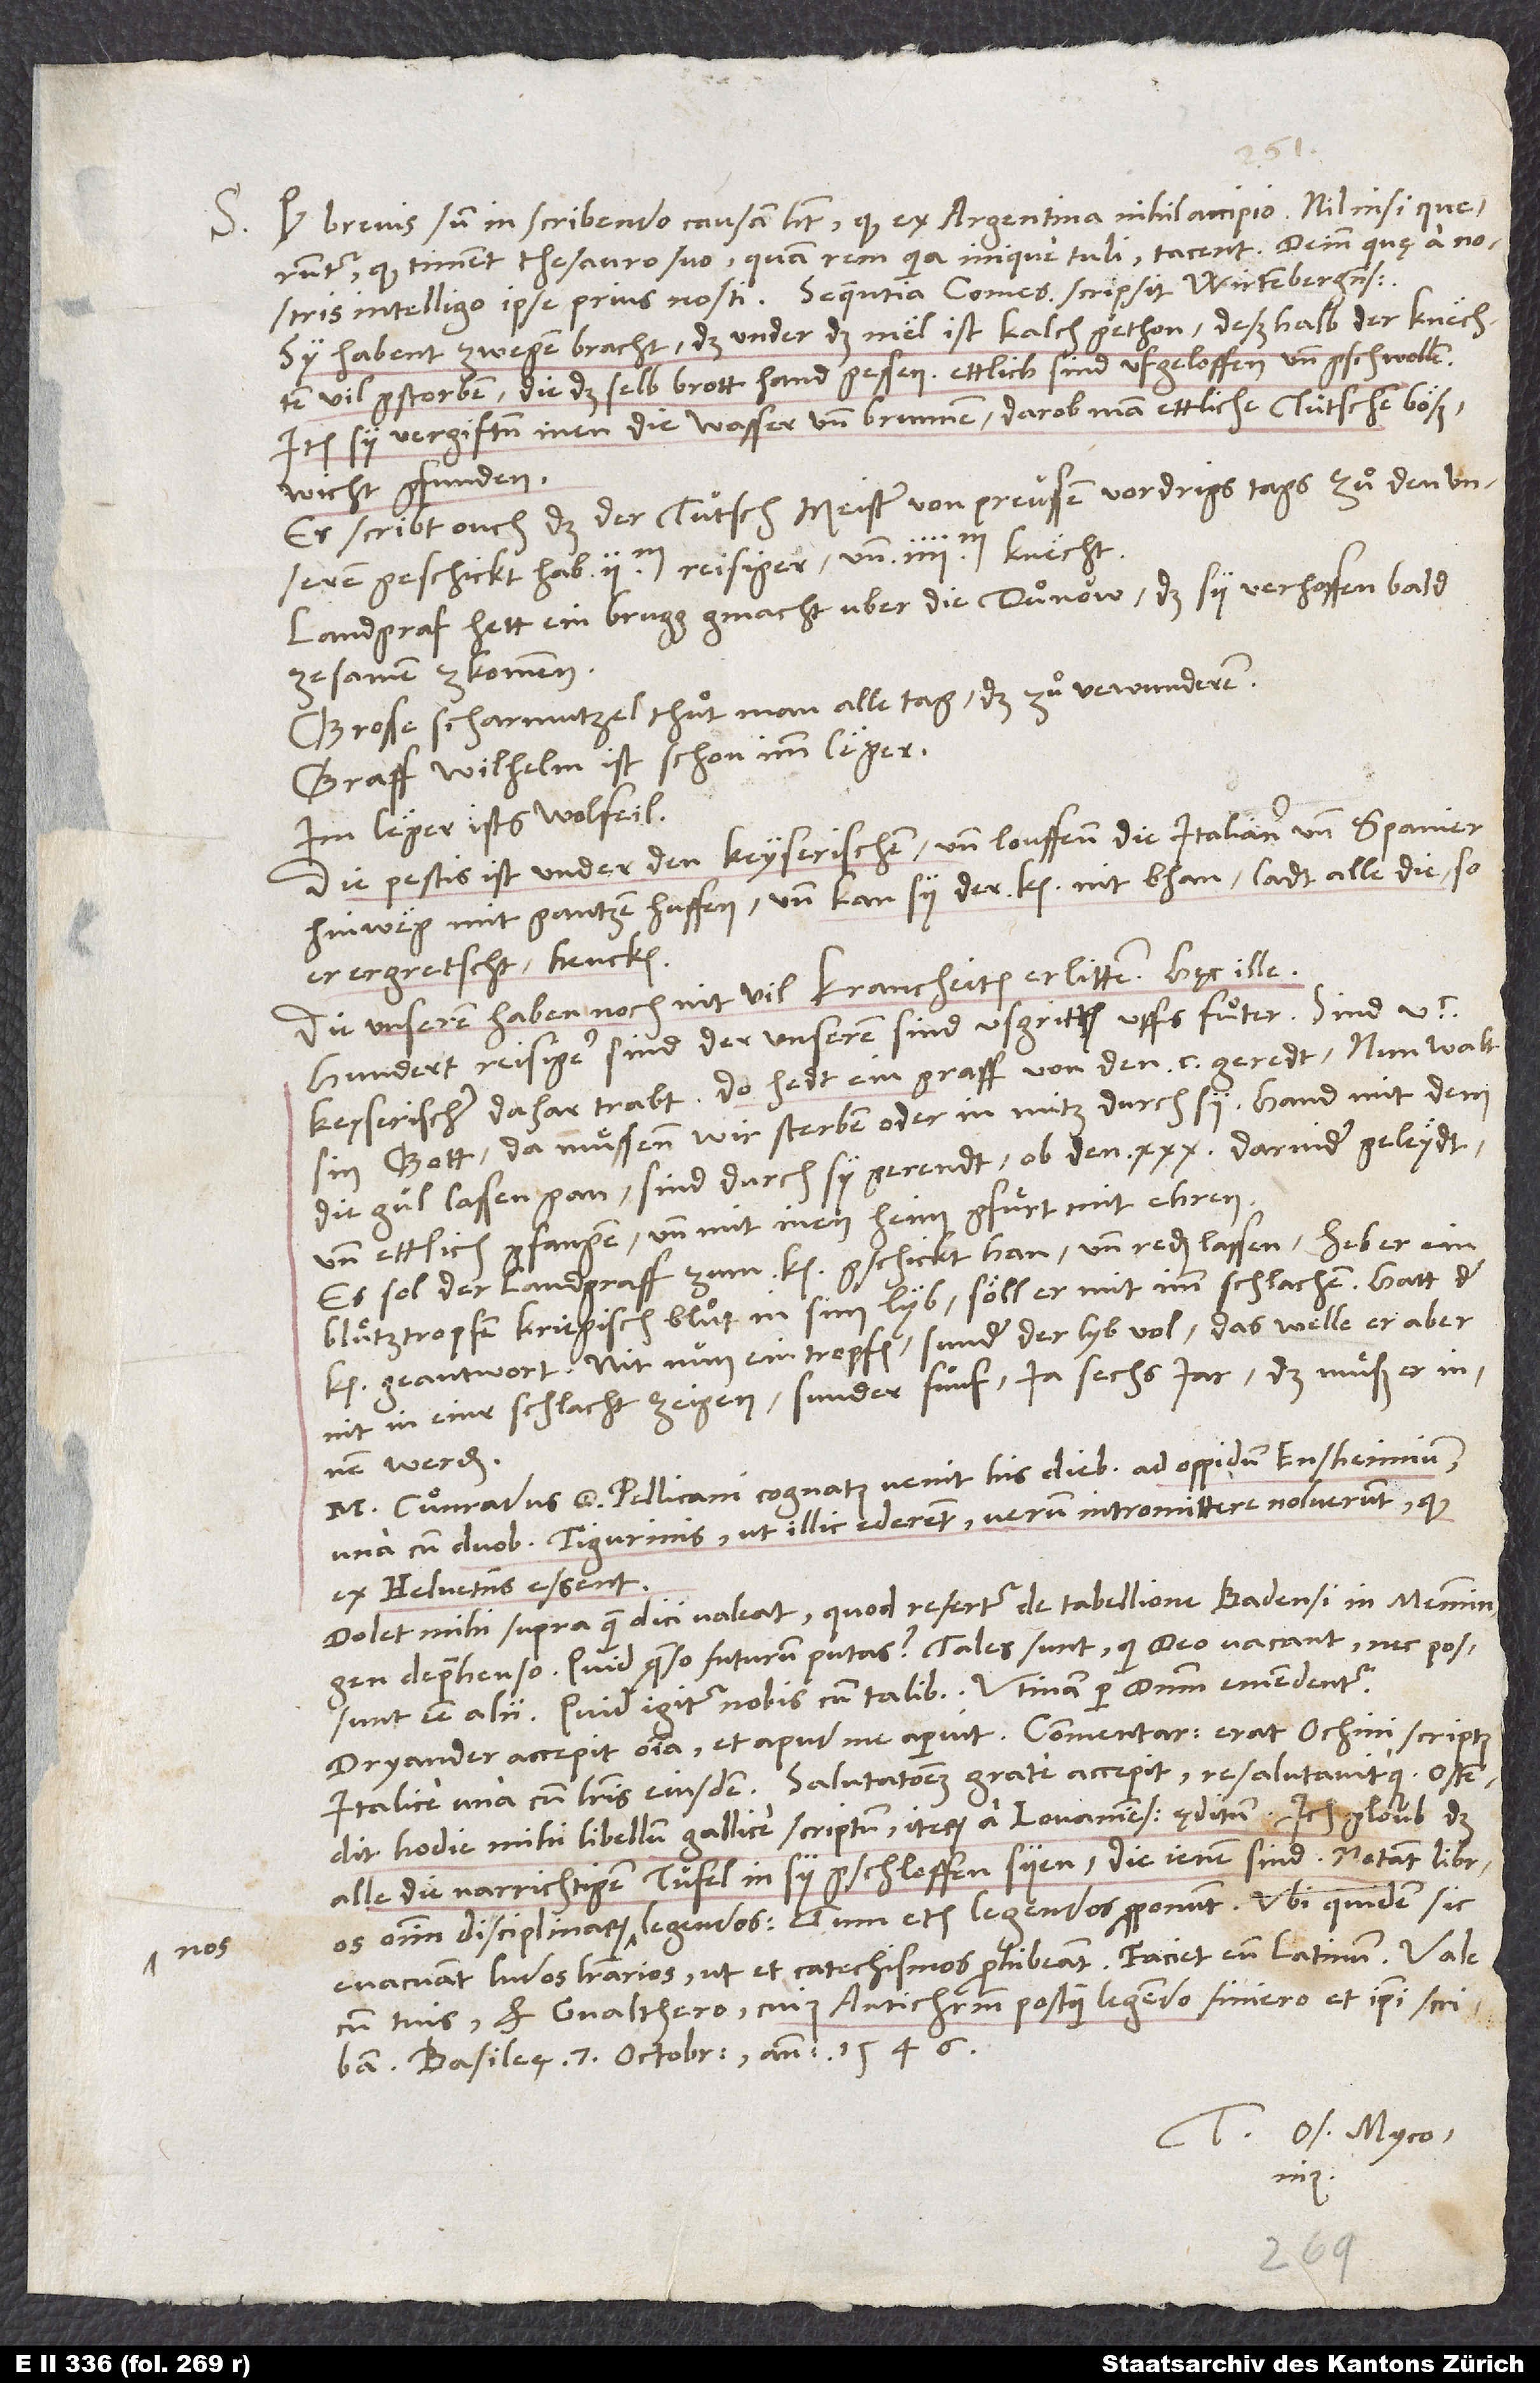
S. Quod brevis sum in scribendo, causam habet, quod ex Argentina nihil accipio. Nil nisi queruntur,
quod timent thesauro suo. Quam rem quia inique tuli, tacent. Deinde quę a nostris
„Sy habent zwegen bracht, das under das mel ist kalch gethon. Deßhalb der knechten
vil gstorben, die dasselb brott hand gessen. Ettlich sind ufgeloffen und gschwollen.
Item sy vergiften inen die wasser und brunnen, darob man ettliche tütsche bößwicht
Er schribt ouch, „das der tütsch meister von Preussen vordrigs tags zuͦ den unseren
geschickt hab 2’000 reisiger und 4’000 knecht.
Landgraf hett ein brugg gmacht über die Duͦnow, das sy verhoffen, bald
zesamen zkomen.
Grosse scharmutzel thuͦt man alle tag, das zuͦ verwundern.
Graff Wilhelm ist schon imm leger.
Im leger ists wolfeil.
Die pestis ist under den keyserischen. Und louffen die Italianer und Spanier
hinweg mit gantzen huffen, und kan sy der keyser nit bhan. Ladt alle die, so
er ergretscht, hencken.
Die unseren haben noch nit vil krancheiten erlitten.“ Hęc ille.
Hundert reisiger der unseren sind usgritten uffs fuͦter. Sind
keyserischer dahar trabt. Do hedt ein graff von den 100 geredt: „Nun walte
sin gott! Da muͤssen wir sterben oder in mitz durch sy.“ Hand mit dem
die gül lassen gan. Sind durch sy gerendt, ob den 30 darnider geleydt
und ettlich gfangen und mit inen heimgfuͤrt mit ehren.
Es sol der landgraff zum keyser gschickt han und reden lassen: Heb er ein
bluͦtztropfen kriegisch bluͦt in sim lyb, soͤll er mit imm schlachen. Hatt der
keyser geantwort: Nit nun ein tropfen, sunder der lyb vol; das welle er aber
nit in einer schlacht zeigen, sunder fünf, ja sechs jar. Das muͤß er innen
werden.
M. Cuͦnradus, d. Pellicani cognatus, venit his diebus ad oppidum Ensheimium
una cum duobus Tigurinis, ut illic ederent. Verum intromittere noluerunt, quod
ex Helvetiis essent.
Dolet mihi supra, quam dici valeat, quod refertur de tabellione Badensi in Memmingen
deprehenso. Quid, quaeso, futurum putas? Tales sunt, qui deo vacant, nec possunt
esse alii. Quid igitur nobis cum talibus? Utinam per dominum emendentur!
Dryander accepit omnia et apud me aperuit. Commentarius erat Ochini, scriptus
Italice, una cum literis eiusdem. Salutationem grate accepit resalutavitque. Ostendit
hodie mihi libellum Gallice scriptum, iterum a Lovaniensibus ęditum. Ich gloub, das
alle die narrichtigen tüfel in sy gschloffen syen, die ienen sind: Innotant libros
omnium disciplinarum non legendos (tum etiam legendos proponunt), ubi quidem sic
evacuant ludos literarios, ut et catechismos prohibeant. Faciet eum Latinum.
cum tuis et Gvalthero, cuius Antichristum postquam legendo finiero, et ipsi scribam.
Basileę, 7. octobris anno 1546.